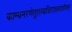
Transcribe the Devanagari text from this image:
काम्यमरणेतुतस्यत्रिरात्रमाशौचम्